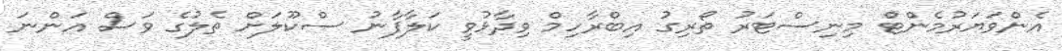
އެންވަޔަރުމެންޓް މިނިސްޓަރު ތޯރިގު އިބްރާހިމް ވިދާޅުވީ ކަލާފާނު ސްކޫލަށް ތެލުގެ ވަސް އަންނަ